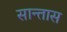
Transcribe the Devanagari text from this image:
सान्तास